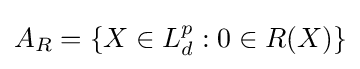
A_{R}=\{X\in L_{d}^{p}:0\in R(X)\}